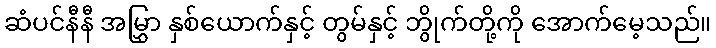
ဆံပင်နီနီ အမြွှာ နှစ်ယောက်နှင့် တွမ်နှင့် ဘွိုက်တို့ကို အောက်မေ့သည်။